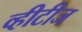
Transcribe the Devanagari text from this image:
व्हीटीज